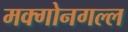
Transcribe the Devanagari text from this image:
मक्गोनगल्ल